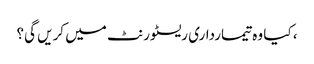
، کیا وہ تیمارداری ریسٹورنٹ میں کریں گی؟